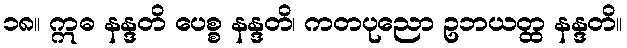
၁၈။ ဣဓ နန္ဒတိ ပေစ္စ နန္ဒတိ၊ ကတပုညော ဥဘယတ္ထ နန္ဒတိ။